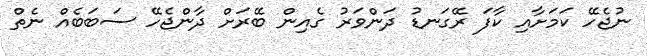
ނުޖެހޭ ކަމަށާއި ކާފަ ރޭގަނޑު ދަންވަރު ގެއިން ބޭރަށް ދާންޖެހޭ ސަބަބެއް ނެތް